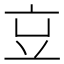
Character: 𠅉